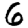
Digit: 6